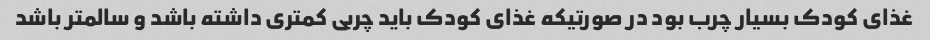
غذای کودک بسیار چرب بود در صورتیکه غذای کودک باید چربی کمتری داشته باشد و سالمتر باشد